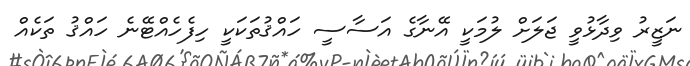
ނަޒީރު ވިދާޅުވީ ޖަލަށް ލުމަކީ އޭނާގެ އަސާސީ ހައްޤުތަކަކީ ހިފެހެއްޓޭނެ ހައްޤު ތަކެއް